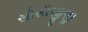
સીસીજીજી